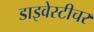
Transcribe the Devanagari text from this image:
डाइवेस्टीचर